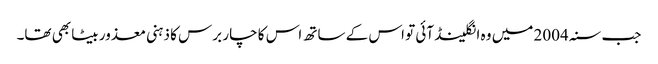
جب سنہ 2004 میں وہ انگلینڈ آئی تو اس کے ساتھ اس کا چار برس کا ذہنی معذور بیٹا بھی تھا۔